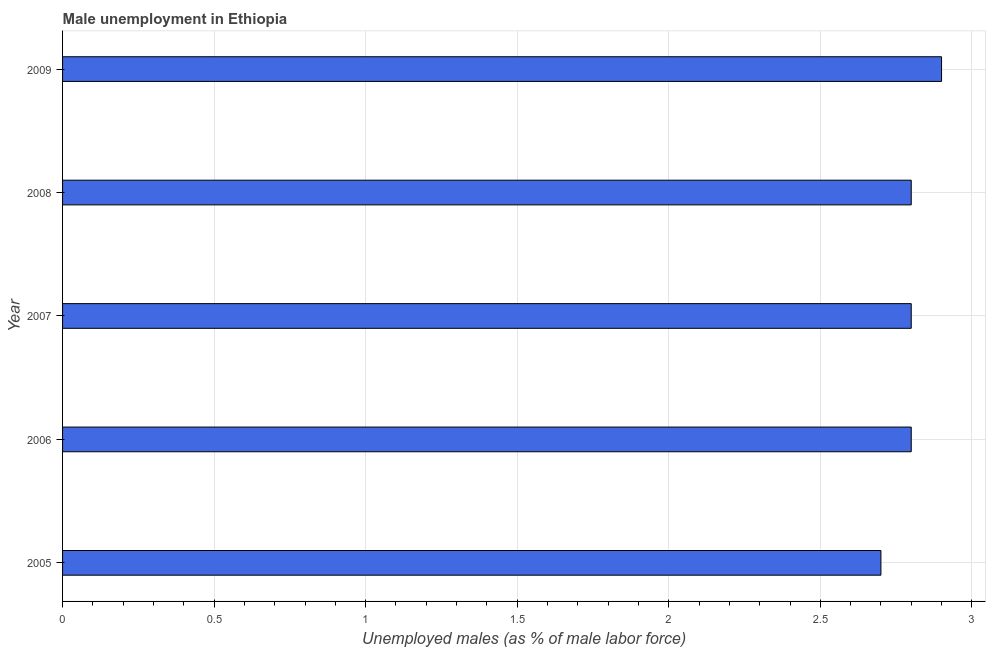
| Year | Unemployment |
 | --- | --- |
 | 2005 | 2.7 |
 | 2006 | 2.8 |
 | 2007 | 2.8 |
 | 2008 | 2.8 |
 | 2009 | 2.9 |